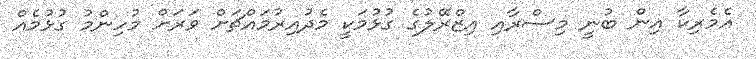
އެމެރިކާ އިން ބުނީ މިސްރާއި އިޒްރޭލުގެ ގުޅުމަކީ މެދުއިރުމައްޗަށް ވަރަށް މުހިންމު ގުޅުމެއް